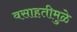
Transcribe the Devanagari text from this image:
वसाहतीमुळे